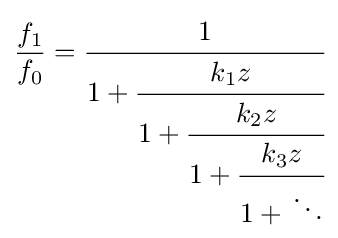
{\frac {f_{1}}{f_{0}}}={\cfrac {1}{1+{\cfrac {k_{1}z}{1+{\cfrac {k_{2}z}{1+{\cfrac {k_{3}z}{1+{}\ddots }}}}}}}}